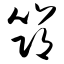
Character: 筇